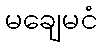
မချေမငံ